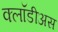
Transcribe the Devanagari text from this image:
क्लॉडीअस